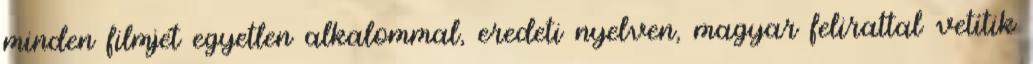
minden filmjét egyetlen alkalommal, eredeti nyelven, magyar felirattal vetítik